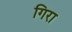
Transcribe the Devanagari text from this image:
गिरा